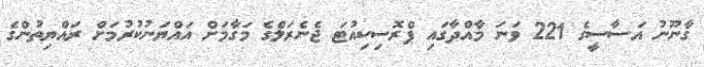
ގާނޫނު އަސާސީގެ 221 ވަނަ މާއްދާގައި ޕްރޮސިކިއުޓަ ޖެނެރަލްގެ މަގާމަށް އައްޔަނުކުރުމަށް ރައްޔިތުންގެ